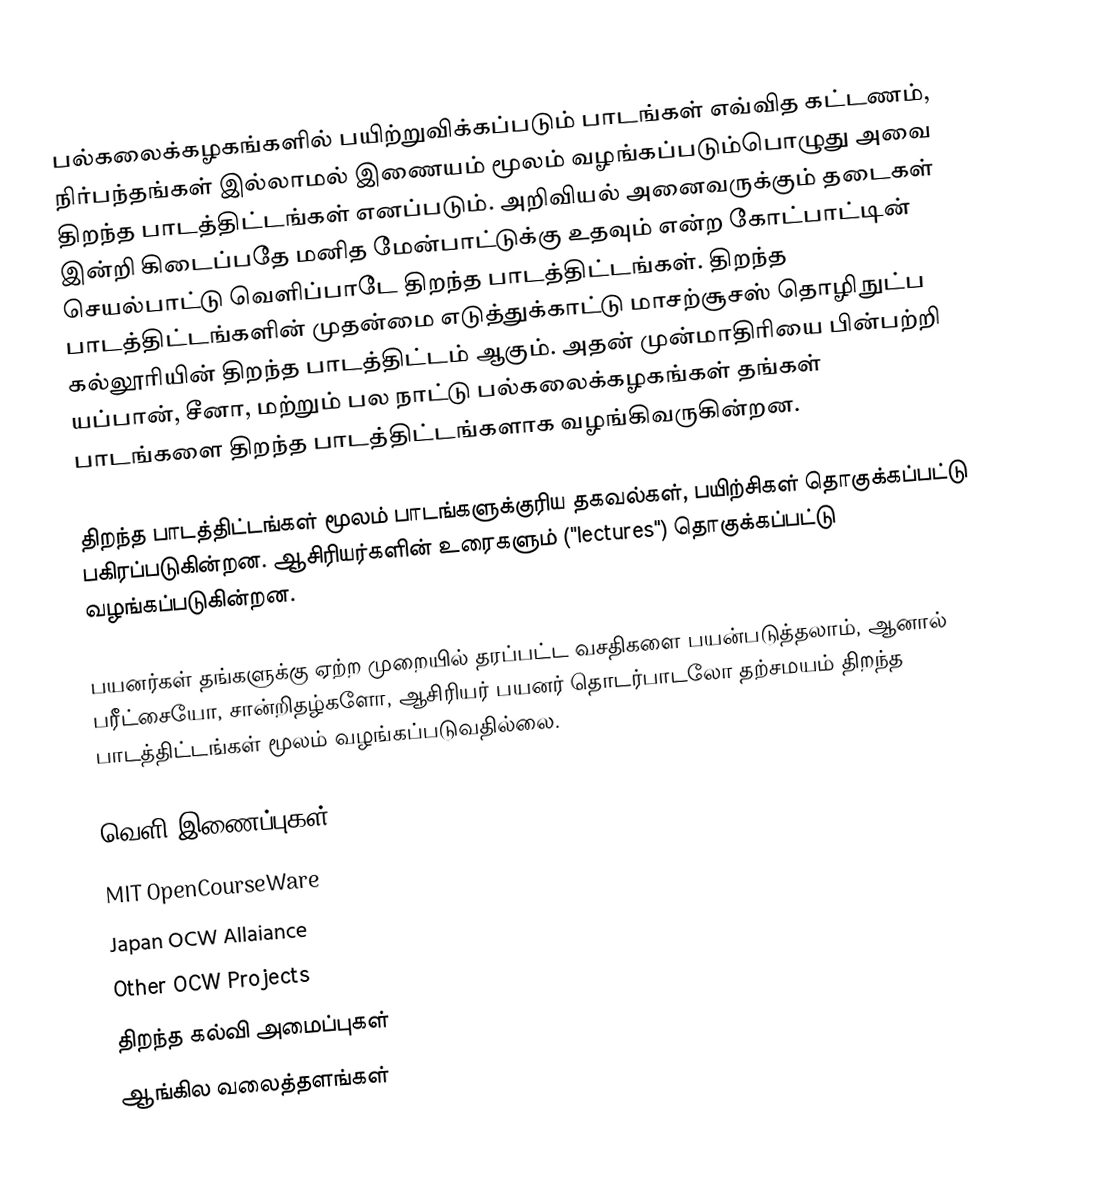
பல்கலைக்கழகங்களில் பயிற்றுவிக்கப்படும் பாடங்கள் எவ்வித கட்டணம், நிர்பந்தங்கள் இல்லாமல் இணையம் மூலம் வழங்கப்படும்பொழுது அவை திறந்த பாடத்திட்டங்கள் எனப்படும்.  அறிவியல் அனைவருக்கும் தடைகள் இன்றி கிடைப்பதே மனித மேன்பாட்டுக்கு உதவும் என்ற கோட்பாட்டின் செயல்பாட்டு வெளிப்பாடே திறந்த பாடத்திட்டங்கள்.  திறந்த பாடத்திட்டங்களின் முதன்மை எடுத்துக்காட்டு மாசற்சூசஸ் தொழிநுட்ப கல்லூரியின் திறந்த பாடத்திட்டம் ஆகும்.  அதன் முன்மாதிரியை பின்பற்றி யப்பான், சீனா, மற்றும் பல நாட்டு பல்கலைக்கழகங்கள் தங்கள் பாடங்களை திறந்த பாடத்திட்டங்களாக வழங்கிவருகின்றன.

திறந்த பாடத்திட்டங்கள் மூலம் பாடங்களுக்குரிய தகவல்கள், பயிற்சிகள் தொகுக்கப்பட்டு பகிரப்படுகின்றன.  ஆசிரியர்களின் உரைகளும் ("lectures") தொகுக்கப்பட்டு வழங்கப்படுகின்றன.

பயனர்கள் தங்களுக்கு ஏற்ற முறையில் தரப்பட்ட வசதிகளை பயன்படுத்தலாம், ஆனால் பரீட்சையோ, சான்றிதழ்களோ, ஆசிரியர் பயனர் தொடர்பாடலோ தற்சமயம் திறந்த பாடத்திட்டங்கள் மூலம் வழங்கப்படுவதில்லை.

வெளி இணைப்புகள்
 MIT OpenCourseWare
 Japan OCW Allaiance
 Other OCW Projects
திறந்த கல்வி அமைப்புகள்
ஆங்கில வலைத்தளங்கள்